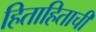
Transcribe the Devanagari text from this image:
हिताहिताची